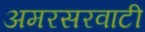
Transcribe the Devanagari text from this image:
अमरसरवाटी